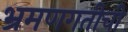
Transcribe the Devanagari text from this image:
भ्रमणगतीची